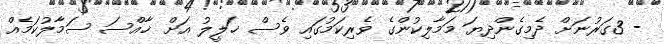
- 3ގަރުނަށް ދެމިގެންދިޔަ މަމާލިކުންގެ ވެރިކަމުގައި ވެސް ޚަލީލު އަށް ޚާއްސަ ސަމާލުކަމެއް